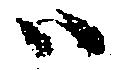
ハ